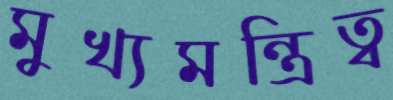
মুখ্যমন্ত্রিত্ব